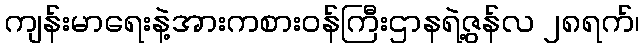
ကျန်းမာရေးနဲ့အားကစားဝန်ကြီးဌာနရဲ့ဇွန်လ ၂၈ရက်၊